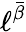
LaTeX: \ell^{\bar{\beta}}